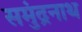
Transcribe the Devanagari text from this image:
समुंद्रनाथ